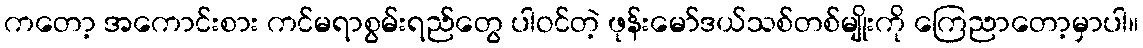
ကတော့ အကောင်းစား ကင်မရာစွမ်းရည်တွေ ပါဝင်တဲ့ ဖုန်းမော်ဒယ်သစ်တစ်မျိုးကို ကြေညာတော့မှာပါ။